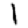
Digit: 1